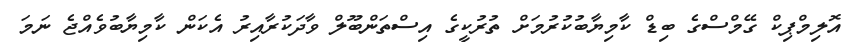
އޮލިމްޕިކް ގޭމްސްގެ ބިޑް ކާމިޔާބުކުރުމަށް ތުރުކީގެ އިސްތަންބޫލް ވާދަކުރާއިރު އެކަން ކާމިޔާބުވެއްޖެ ނަމަ